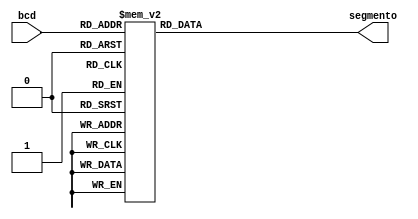
`timescale 1ns / 1ps

module Decodificador_7seg( // este segmento se encarga de decodificar el numero a mostrar y activar los catodos de los displays segun el numero 
    input [3:0] bcd, //entrada en bcd
    output reg [6:0] segmento //salida a los catodos
    );

always @*
	begin
		case (bcd)       //segun el  numero que se muestra se configuran cuales catodos se activan, en este caso se activan con cero
			4'b0000: segmento=7'b1000000; // 0
			4'b0001: segmento=7'b1111001; //1
			4'b0010: segmento=7'b0100100; //2
			4'b0011: segmento=7'b0110000; //3
			4'b0100: segmento=7'b0011001; //4
			4'b0101: segmento=7'b0010010; //5
			4'b0110: segmento=7'b0000010; //6
			4'b0111: segmento=7'b1111000; //7 
			4'b1000: segmento=7'b0000000; //8
			4'b1001: segmento=7'b0010000; //9
			default: segmento=7'b1111111; //no se muestra nada
		endcase
	end

endmodule